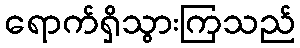
ရောက်ရှိသွားကြသည်